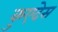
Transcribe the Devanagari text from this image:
कुएदेस